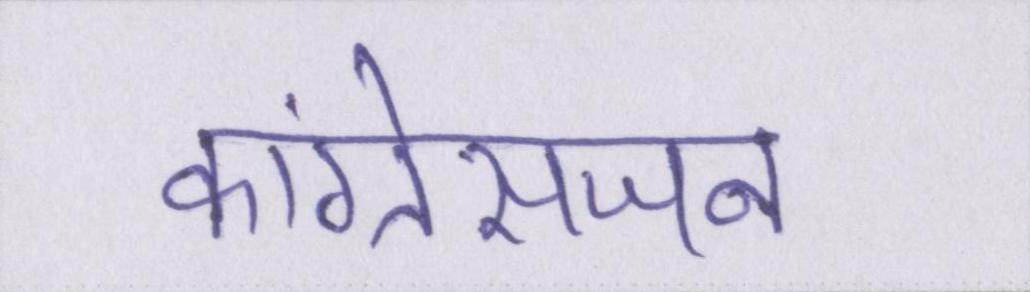
कांग्रेसजन